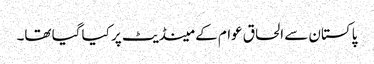
پاکستان سے الحاق عوام کے مینڈیٹ پر کیا گیا تھا۔